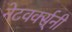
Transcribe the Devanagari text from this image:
नेटवर्क्स्‌नी